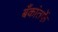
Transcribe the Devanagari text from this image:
बँकांतर्फे